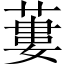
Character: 蔞